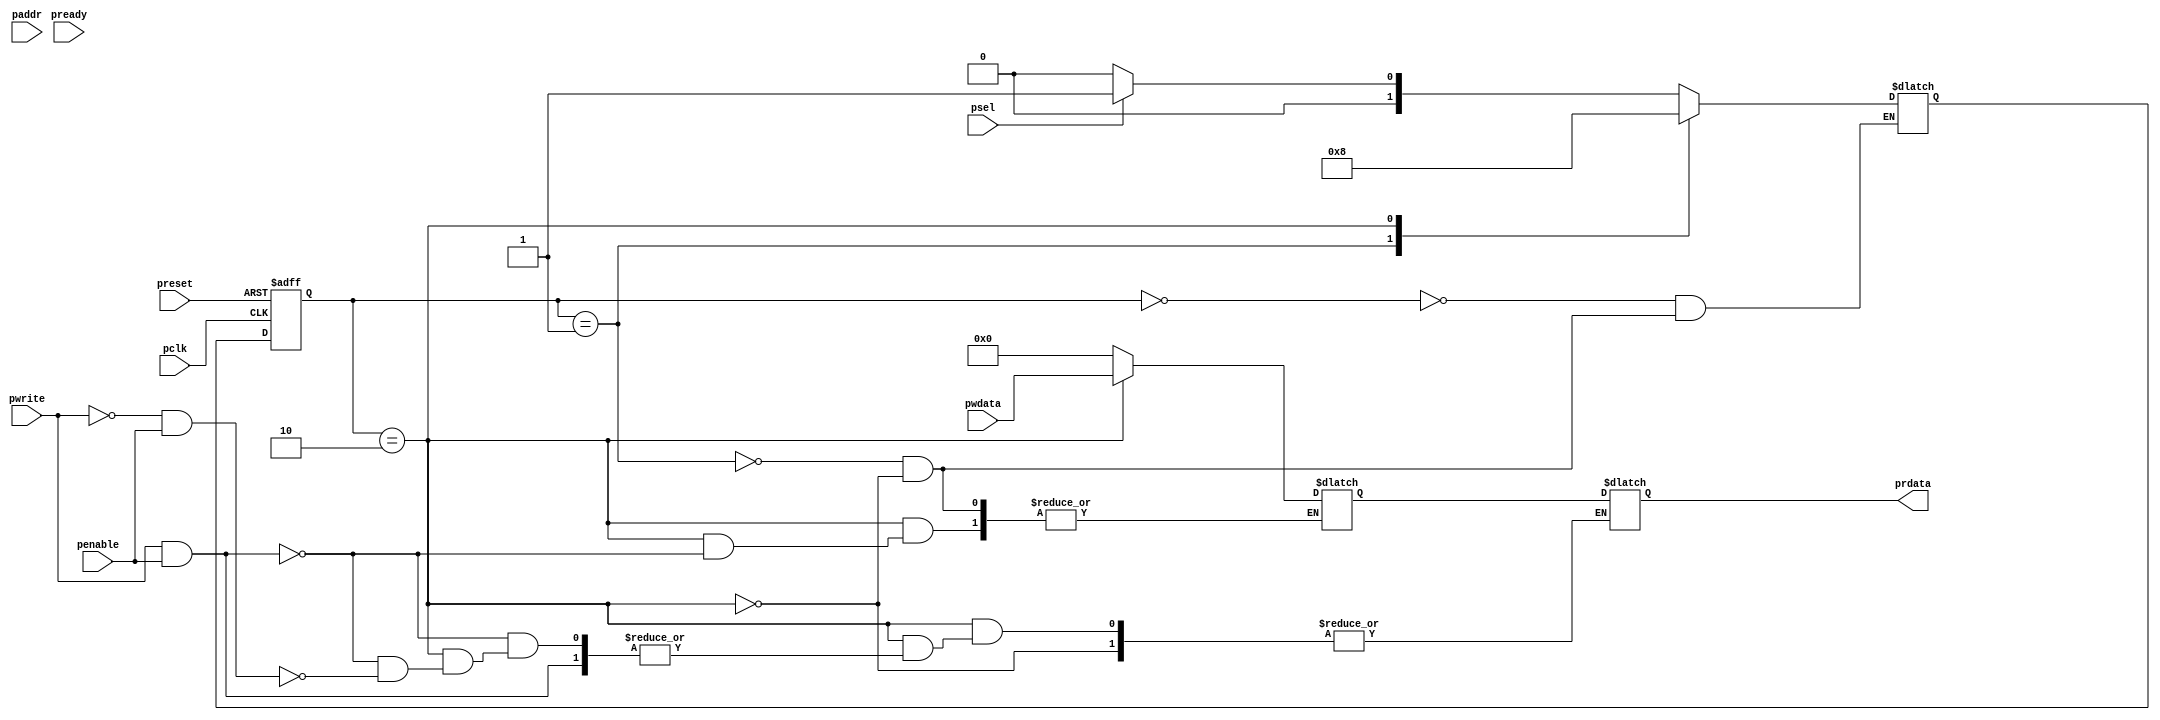
/* AMBA - Advanced Microcontroller Bus Architecture is a on-chip communication protocol. It is widely
used in SoC and ASIC and also these days in Smartphones. AMBA has been revised several times depending 
upon the requirements with increasing device functionality. AMBA consists of 3 components:-
	1. AHB or ASB - Advanced high speed bus for high bandwidth and high performance---AHB-lite.
	2. APB - Advanced Peripeheral Bus for low bandwidth low performance
*/

module amba_apb(pclk,preset,psel,penable,pwrite,paddr,pwdata,prdata,pready);

input pclk;					// clock signal
input preset;					// 1bit reset signal
input psel;					// 1bit select signal
input penable;					// 1bit enable signal
input pwrite;					// direction signal (1=write/0=read)
input [0:31] paddr;				// 32 bit address bus
input [0:31] pwdata;				// 32 bit wire data bus
output reg [0:31] prdata;			// 32 bit read data bus
input  pready;					// ready signal

reg [0:1] state,next;				//2 bit state change variable

parameter idle=2'b00;				//initial idle state
parameter setup=2'b01;				//data is made stable in this state to be accessed in the next
parameter access=2'b10;				//data is accessed in this state

reg [0:31]pwdata_temp;				//temp reg to store data to be written
reg temp_psel;
reg temp_penable;


always @ (posedge pclk or negedge preset)
	if (!preset)
		state<=idle;
	else 	
		state<=next;

always @ (state or preset or psel or penable or pwrite or paddr or pwdata)
begin
	case (state)
		idle : begin
			temp_psel=1'b0;
			temp_penable=1'b0;
			if (psel==1) next=setup;
			else next=idle; 
		end
		
		setup: begin
			temp_psel=1'b1;
			temp_penable=1'b0;
			pwdata_temp=32'h0;
			next=access;
			
		end
	
		access: begin
			if (pwrite==1 && penable==1) begin
				pwdata_temp=pwdata;	
				next = idle;
			end
			else if (pwrite==0 && penable==1)begin
				//prdata=32'haa;
				prdata=pwdata_temp;	
				next = idle;
			end
			
			else next=idle;
		end
	endcase

end

endmodule